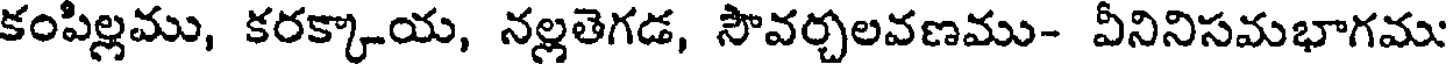
కంపిల్లము, కరక్కాయ, నల్లతెగడ, సౌవర్చలవణము- వీనినిసమభాగము